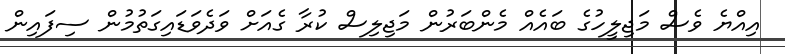
އިއްޔެ ވެސް މަޖިލީހުގެ ބައެއް މެންބަރުން މަޖިލިސް ކުރާ ގެއަށް ވަދެވަޑައިގަތުމުން ސިފައިން